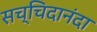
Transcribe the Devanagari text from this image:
सच्चिदानंदा